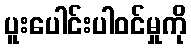
ပူးပေါင်းပါဝင်မှုကို